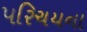
પરિચયના